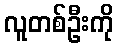
လူတစ်ဦးကို